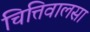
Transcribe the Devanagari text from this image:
चित्तिवालसा